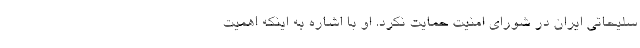
سلیحاتی ایران در شورای امنیت حمایت نکرد. او با اشاره به اینکه اهمیت